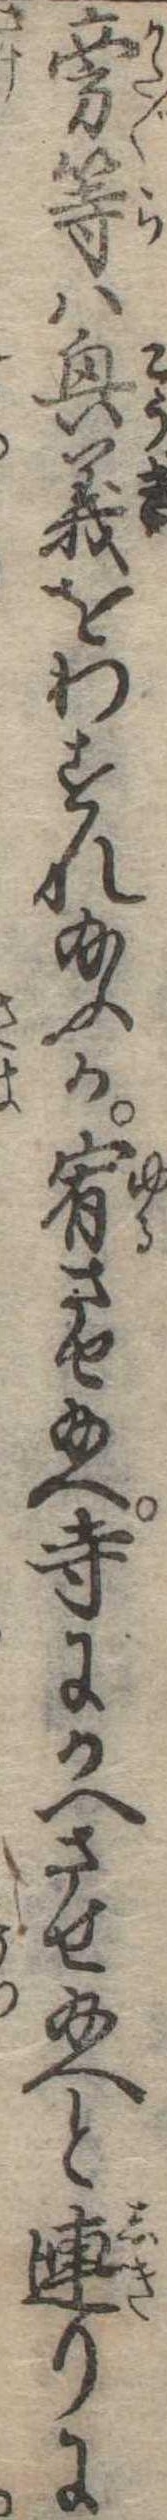
旁等は興義をわすれ給ふか宥させ給へ寺にかへさせ給へと連りに